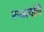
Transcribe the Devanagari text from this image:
रुबायांचे